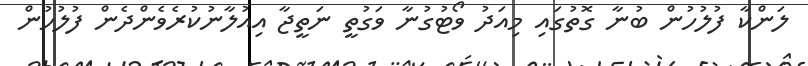
ލަންކާ ފުލުހުން ބުނާ ގޮތުގައި މިއަދު ވޯޓުގުނާ ވަގުތީ ނަތީޖާ އިއުލާނުކުރެވެންދެން ފުލުހުން